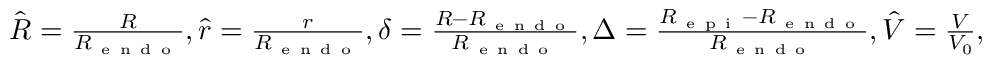
\begin{array} { r } { \hat { R } = \frac { R } { R _ { \mathrm { ~ e ~ n ~ d ~ o ~ } } } , \hat { r } = \frac { r } { R _ { \mathrm { ~ e ~ n ~ d ~ o ~ } } } , \delta = \frac { R - R _ { \mathrm { ~ e ~ n ~ d ~ o ~ } } } { R _ { \mathrm { ~ e ~ n ~ d ~ o ~ } } } , \Delta = \frac { R _ { \mathrm { ~ e ~ p ~ i ~ } } - R _ { \mathrm { ~ e ~ n ~ d ~ o ~ } } } { R _ { \mathrm { ~ e ~ n ~ d ~ o ~ } } } , \hat { V } = \frac { V } { V _ { 0 } } , } \end{array}